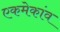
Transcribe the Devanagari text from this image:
एकमेकांव